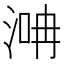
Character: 𣶞